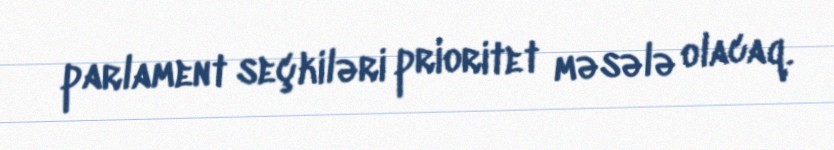
parlament seçkiləri prioritet məsələ olacaq.